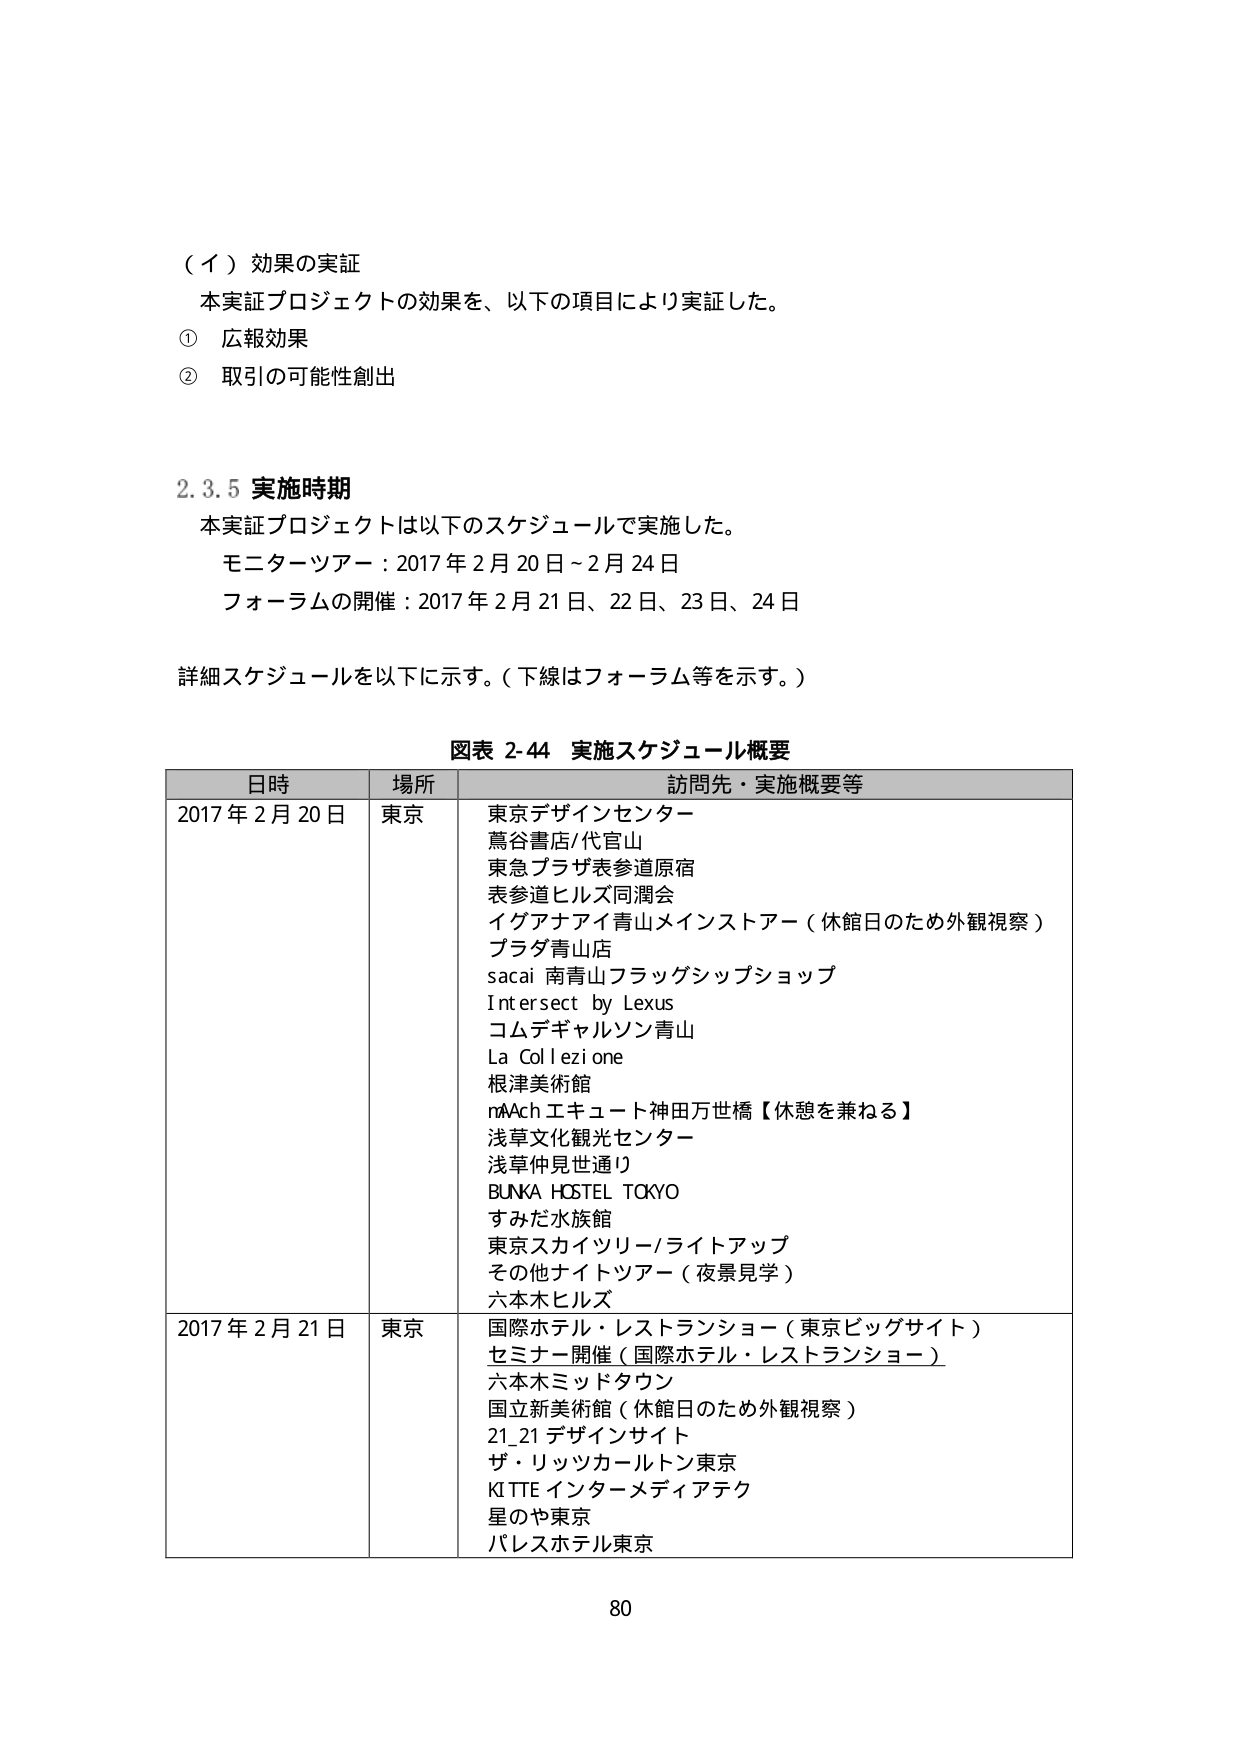
（イ）効果の実証
本実証プロジェクトの効果を、以下の項目により実証した。
① 広報効果
② 取引の可能性創出

2.3.5 実施時期
本実証プロジェクトは以下のスケジュールで実施した。
モニターツアー：2017年2月20日～2月24日
フォーラムの開催：2017年2月21日、22日、23日、24日

詳細スケジュールを以下に示す。（下線はフォーラム等を示す。）

図表 2-44 実施スケジュール概要
日時　　　　　場所　　　　　訪問先・実施概要等
2017年2月20日　東京　　　　東京デザインセンター
　　　　　　　　　　　　　　蔦谷書店/代官山
　　　　　　　　　　　　　　東急プラザ表参道原宿
　　　　　　　　　　　　　　表参道ヒルズ同潤会
　　　　　　　　　　　　　　イケナナイ青山メインストアー（休館日のため外観視察）
　　　　　　　　　　　　　　プラダ青山店
　　　　　　　　　　　　　　sacai 南青山フラッグシップショップ
　　　　　　　　　　　　　　Intersect by Lexus
　　　　　　　　　　　　　　コムデギャルソン青山
　　　　　　　　　　　　　　La Collezione
　　　　　　　　　　　　　　根津美術館
　　　　　　　　　　　　　　nAch エキュート神田万世橋【休憩を兼ねる】
　　　　　　　　　　　　　　浅草文化観光センター
　　　　　　　　　　　　　　浅草仲見世通り
　　　　　　　　　　　　　　BUNKA HOSTEL TOKYO
　　　　　　　　　　　　　　すみだ水族館
　　　　　　　　　　　　　　東京スカイツリー/ライトアップ
　　　　　　　　　　　　　　その他ナイトツアー（夜景見学）
　　　　　　　　　　　　　　六本木ヒルズ
2017年2月21日　東京　　　　国際ホテル・レストランショー（東京ビッグサイト）
　　　　　　　　　　　　　　セミナー開催（国際ホテル・レストランショー）
　　　　　　　　　　　　　　六本木ミッドタウン
　　　　　　　　　　　　　　国立新美術館（休館日のため外観視察）
　　　　　　　　　　　　　　21_21 デザインサイト
　　　　　　　　　　　　　　ザ・リッツカールトン東京
　　　　　　　　　　　　　　KITTE インターメディアテク
　　　　　　　　　　　　　　星のや東京
　　　　　　　　　　　　　　パレスホテル東京

80